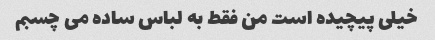
خیلی پیچیده است من فقط به لباس ساده می چسبم